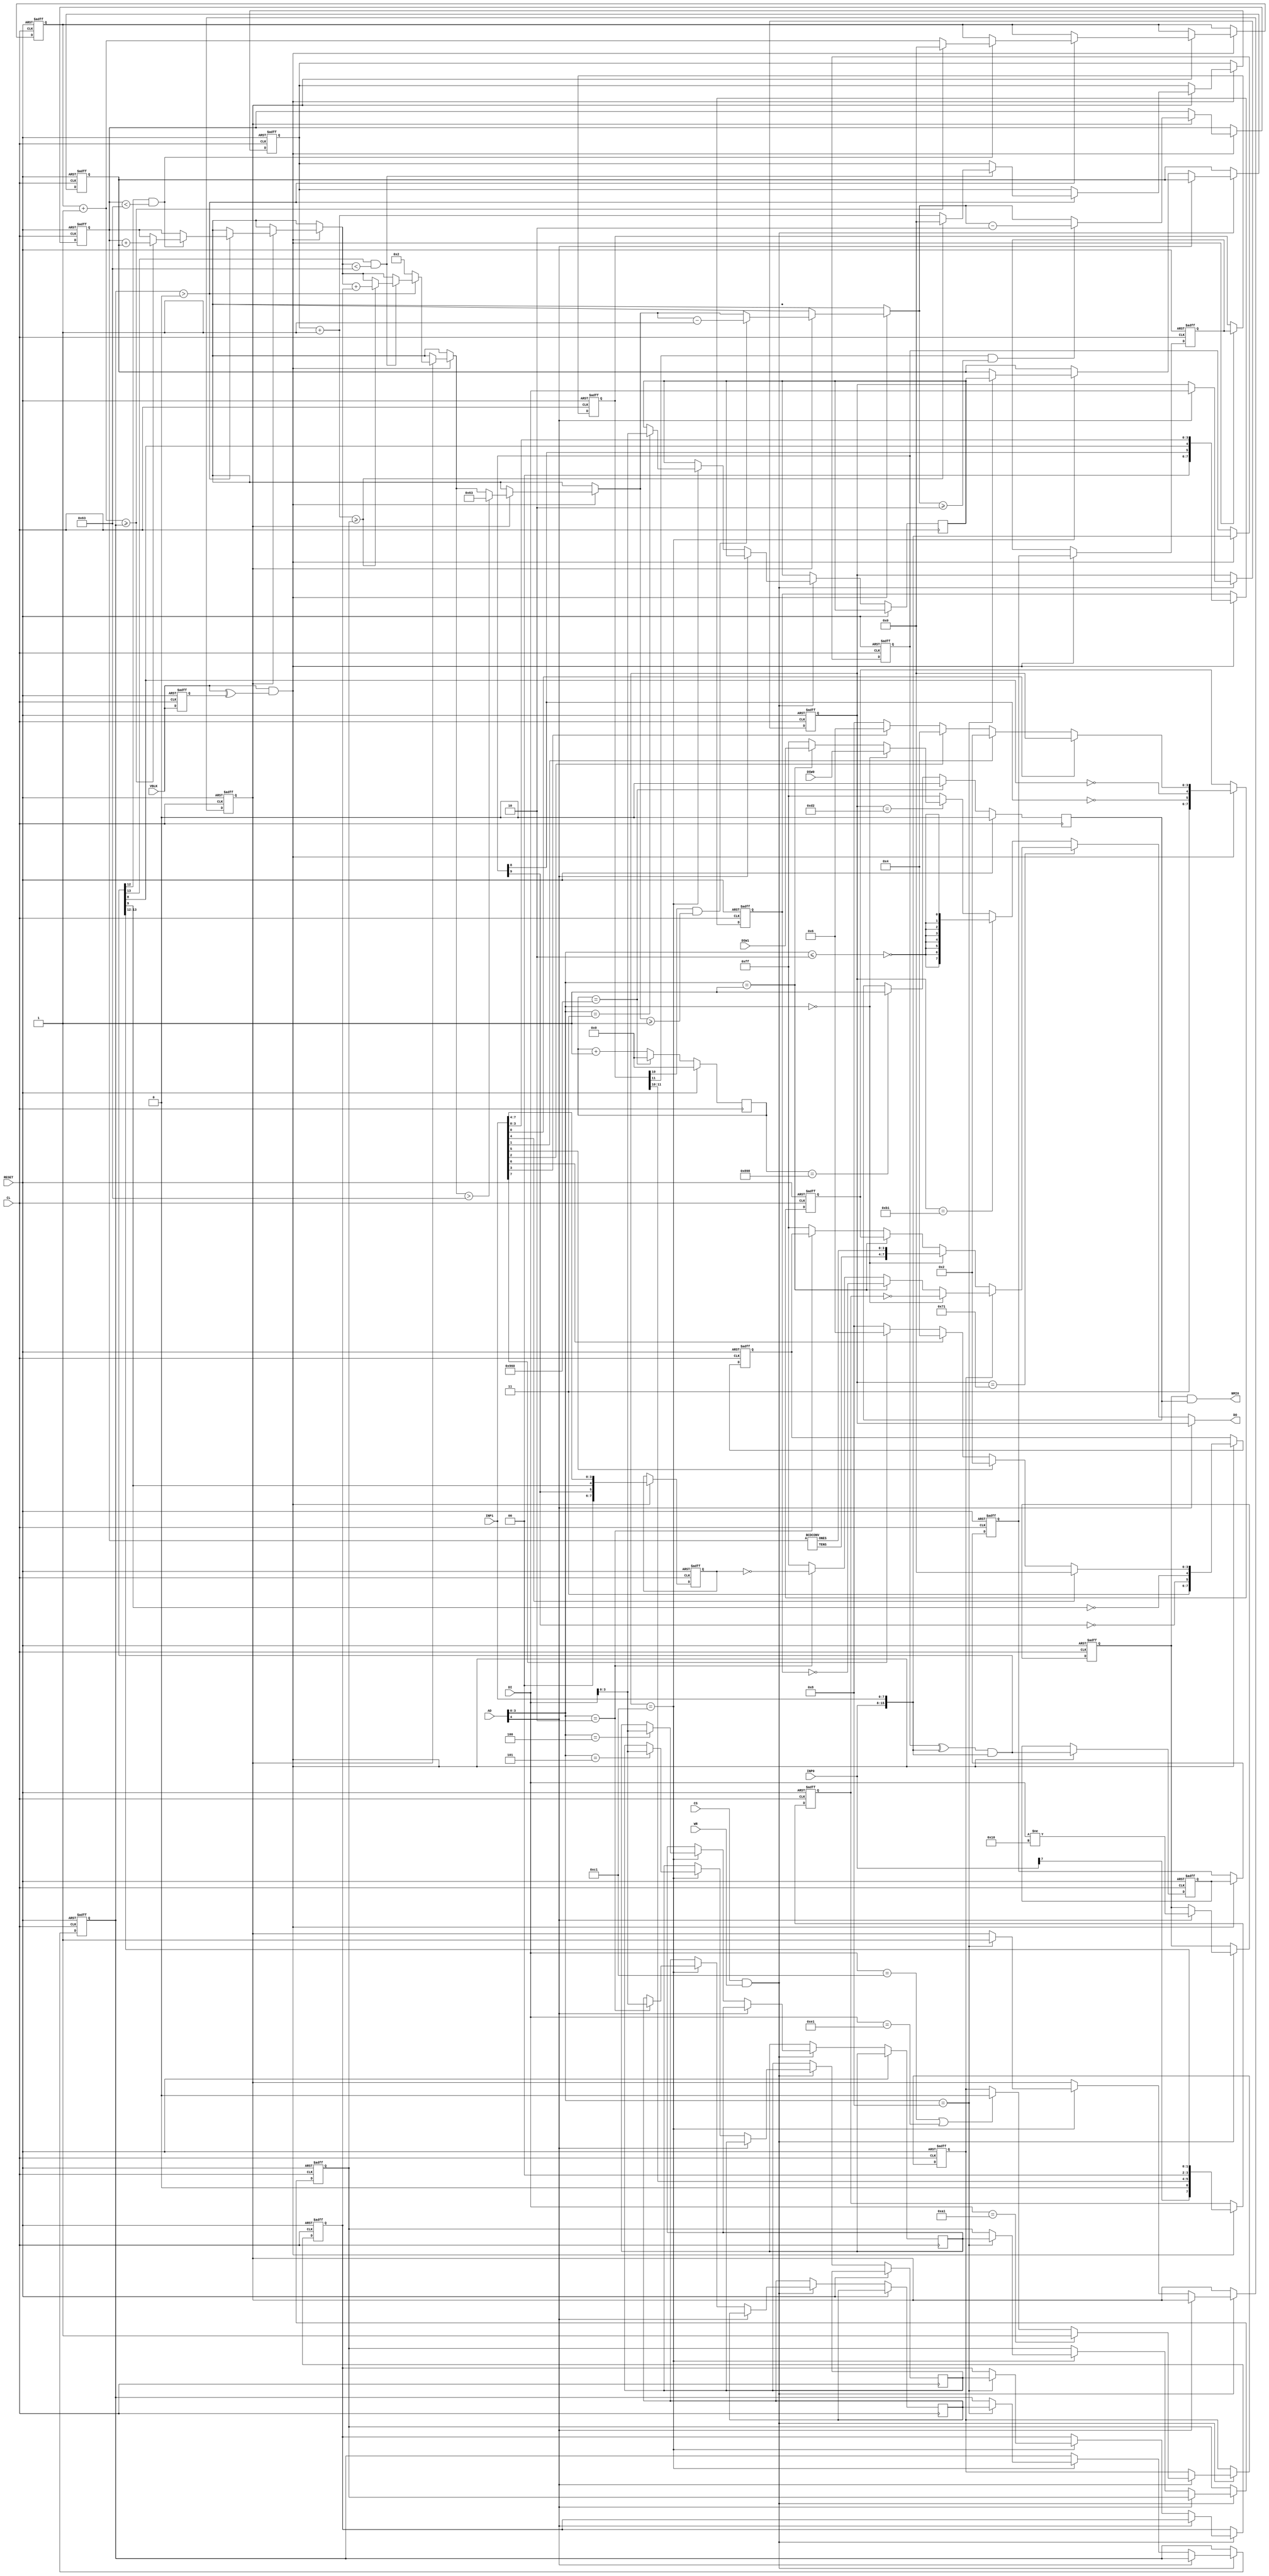
//------------------------------------------------------------------------------
// SPDX-License-Identifier: GPL-3.0-or-later
// SPDX-FileType: SOURCE
// SPDX-FileCopyrightText: (c) 2017 MiSTer-X
//------------------------------------------------------------------------------
// FPGA DigDug (Custom I/O chip emulation part)
//------------------------------------------------------------------------------

`timescale 1 ps / 1 ps

module DIGDUG_CUSIO
    (
        input        RESET,
        input        VBLK,

        input  [7:0] INP0,
        input  [7:0] INP1,
        input  [7:0] DSW0,
        input  [7:0] DSW1,

        input        CL,
        input        CS,
        input        WR,
        input  [4:0] AD,
        input  [7:0] DI,
        output [7:0] DO,
        output       NMI0
    );

    reg        MODE;
    reg  [7:0] COMMAND;

    reg  [3:0] r2, r3, r4, r5;
    reg  [3:0] LCINPCRE, LCREPCIN, LCOINS;
    reg  [3:0] RCINPCRE, RCREPCIN, RCOINS;
    reg        CREDITAT;
    reg  [7:0] CREDITS;

    reg [11:0] CLK50uc;
    reg        CLK50u;

    always @( posedge CL ) begin
        if (RESET) begin
            CLK50u  <= 0;
            CLK50uc <= 0;
        end
        else begin
            if ( CLK50uc == 2200 )       CLK50u <= 1'b1;
            if ( CLK50uc == 2400 ) begin CLK50u <= 1'b0; CLK50uc <= 12'h000; end
            else CLK50uc <= CLK50uc + 1'b1;
        end
    end

    reg    NMI0EN = 1'b0;
    assign NMI0   = NMI0EN & CLK50u;

    always @( posedge CL or posedge RESET ) begin
        if (RESET) begin
            NMI0EN  <= 0;
            MODE    <= 1'b0;
            COMMAND <= 0;

            LCINPCRE <= 0;
            LCREPCIN <= 0;
            RCINPCRE <= 0;
            RCREPCIN <= 0;
            CREDITAT <= 0;
        end
        else begin
            if (CS&WR) begin
                if (AD[4]) begin
                    // command write
                    COMMAND <= DI;
                    MODE    <= (DI==8'hA1) ? 1'b1 : ((DI==8'hC1)|(DI==8'hE1)) ? 1'b0 : MODE;
                    NMI0EN  <= (DI!=8'h10);
                end
                else begin
                    // data write
                    if (COMMAND == 8'hC1)
                    case (AD[3:0])
                        4'h2: r2 <= DI[3:0];
                        4'h3: r3 <= DI[3:0];
                        4'h4: r4 <= DI[3:0];
                        4'h5: r5 <= DI[3:0];
                        4'h8: begin
                            LCINPCRE <= r2;
                            LCREPCIN <= r3;
                            RCINPCRE <= r4;
                            RCREPCIN <= r5;
                            CREDITAT <= 1'b1;
                        end
                        default:
                            ;
                    endcase
                end
            end
        end
    end


    // data read
    wire [3:0] ADR  = AD[3:0];
    wire [7:0] NONE = 8'hFF;

    reg  [7:0] SW_CC;
    reg  [7:0] SW_P1;
    reg  [7:0] SW_P2;

    wire [7:0] ST_CC;
    BCDCONV bcd( CREDITS, ST_CC[3:0], ST_CC[7:4] );

    reg  [7:0] ST_P1   = 8'hF8;
    reg  [7:0] ST_P2   = 8'hF8;

    wire [7:0] SWMODE  = (ADR==0) ? (~SW_CC) :
                         (ADR==1) ? (~SW_P1) :
                         (ADR==2) ? (~SW_P2) : NONE;

    wire [7:0] STMODE  = (ADR==0) ? ST_CC :
                         (ADR==1) ? ST_P1 :
                         (ADR==2) ? ST_P2 : NONE;

    wire [7:0] READh71 = MODE ? SWMODE : STMODE;

    wire [7:0] READhB1 = {8{~(ADR<=2)}};

    wire [7:0] READhD2 = (ADR==0) ? DSW0 :
                         (ADR==1) ? DSW1 : NONE;

    wire [7:0] READDAT = (COMMAND == 8'h71) ? READh71 :
                         (COMMAND == 8'hB1) ? READhB1 :
                         (COMMAND == 8'hD2) ? READhD2 : NONE;

    assign DO = AD[4] ? COMMAND : READDAT;

    //------------------------------------------------------------

    // INP0 = { SERVICE, 1'b0, m_coin2, m_coin1, m_start2, m_start1, m_pump2, m_pump1 };
    // INP1 = { m_left2, m_down2, m_right2, m_up2, m_left1, m_down1, m_right1, m_up1  };

    reg  [15:0] pINP,piINP,piINP0,piINP1,piINP2;
    wire [15:0] nINP = {INP0,INP1};
    wire [15:0] iINP = (pINP^nINP) & nINP;

    function [3:0] stick;
        input [3:0] stk;
        stick = stk[0] ? 4'h0 :
                stk[1] ? 4'h2 :
                stk[2] ? 4'h4 :
                stk[3] ? 4'h6 : 4'h8;
    endfunction

    reg pVBLK = 1'b0;

    always @( posedge CL or posedge RESET ) begin
        if (RESET) begin
            LCOINS   = 0;
            RCOINS   = 0;
            CREDITS  = 0;

            SW_CC <= 0;
            SW_P1 <= 0;
            SW_P2 <= 0;
            ST_P1 <= 8'hF8;
            ST_P2 <= 8'hF8;

            pINP   <= 0;
            piINP  <= 0;
            piINP0 <= 0;
            piINP1 <= 0;
            piINP2 <= 0;

            pVBLK  <= 0;
        end
        else begin
            if (VBLK & (VBLK^pVBLK)) begin
                SW_CC <= {nINP[15],1'b0,piINP[11],piINP[10],2'b00,iINP[13],iINP[12]};
                SW_P1 <= {2'b00, pINP[8], iINP[8],nINP[3:0]};
                SW_P2 <= {2'b00, pINP[9], iINP[9],nINP[7:4]};
                ST_P1 <= {2'b11,~pINP[8],~iINP[8],stick(nINP[3:0])};
                ST_P2 <= {2'b11,~pINP[9],~iINP[9],stick(nINP[7:4])};

                if (CREDITAT) begin
                    if ( LCINPCRE > 0 ) begin
                        if ( iINP[12] & ( CREDITS < 99 ) ) begin
                            LCOINS = LCOINS+1'b1;
                            if ( LCOINS >= LCINPCRE ) begin
                                CREDITS = CREDITS + LCREPCIN;
                                LCOINS = 0;
                            end
                        end
                        if ( iINP[13] & ( CREDITS < 99 ) ) begin
                            RCOINS = RCOINS+1'b1;
                            if ( RCOINS >= RCINPCRE ) begin
                                CREDITS = CREDITS + RCREPCIN;
                                RCOINS = 0;
                            end
                        end
                    end
                    else
                        CREDITS = 2;
                    if ( CREDITS > 99 )
                        CREDITS = 99;

                    if ( piINP[10] & (CREDITS >= 1) )
                        CREDITS = CREDITS-1'b1;
                    if ( piINP[11] & (CREDITS >= 2) )
                        CREDITS = CREDITS-2'd2;
                end

                pINP   <= nINP;
                piINP0 <= iINP;
                piINP1 <= piINP0;
                piINP2 <= piINP1;
                piINP  <= piINP2;        // delay start buttons

            end
            pVBLK <= VBLK;
        end
    end

endmodule



//----------------------------------------
//  BCD Converter
//----------------------------------------
module add3(in,out);

    input  [3:0] in;
    output [3:0] out;
    reg    [3:0] out;

    always @ (in)
    case (in)
        4'b0000: out = 4'b0000;
        4'b0001: out = 4'b0001;
        4'b0010: out = 4'b0010;
        4'b0011: out = 4'b0011;
        4'b0100: out = 4'b0100;
        4'b0101: out = 4'b1000;
        4'b0110: out = 4'b1001;
        4'b0111: out = 4'b1010;
        4'b1000: out = 4'b1011;
        4'b1001: out = 4'b1100;
        default: out = 4'b0000;
    endcase

endmodule


module BCDCONV(A,ONES,TENS);

    input  [7:0] A;
    output [3:0] ONES, TENS;
    wire   [3:0] c1,c2,c3,c4,c5,c6,c7;
    wire   [3:0] d1,d2,d3,d4,d5,d6,d7;

    assign d1 = {1'b0,A[7:5]};
    assign d2 = {c1[2:0],A[4]};
    assign d3 = {c2[2:0],A[3]};
    assign d4 = {c3[2:0],A[2]};
    assign d5 = {c4[2:0],A[1]};
    assign d6 = {1'b0,c1[3],c2[3],c3[3]};
    assign d7 = {c6[2:0],c4[3]};

    add3 m1(d1,c1);
    add3 m2(d2,c2);
    add3 m3(d3,c3);
    add3 m4(d4,c4);
    add3 m5(d5,c5);
    add3 m6(d6,c6);
    add3 m7(d7,c7);

    assign ONES = {c5[2:0],A[0]};
    assign TENS = {c7[2:0],c5[3]};

endmodule